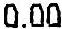
0.00